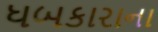
ધબકારાના